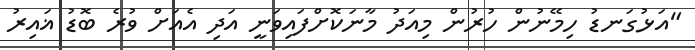
"އަޅުގަނޑު ހިމޭނުން ހުރުން މިއަދު މާނަކޮށްފައިވަނީ އަދި އެއަށް ވުރެ ބޮޑު ޣައިރު